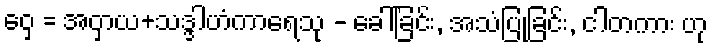
ဝှေ = အဝှာယ+သဒ္ဒါဟံကာရေသု - ခေါ်ခြင်း, အသံပြုခြင်း, ငါတကား ဟု